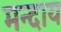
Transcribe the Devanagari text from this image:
मन्दाय